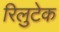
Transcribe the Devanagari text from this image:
रिलुटेक